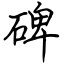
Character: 碑